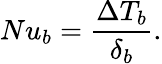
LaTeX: Nu_{b}=\frac{\Delta T_{b}}{\delta_{b}}.